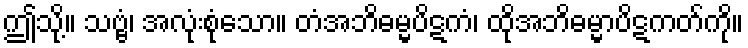
ဤသို့။ သဗ္ဗံ၊ အလုံးစုံသော။ တံအဘိဓမ္မပိဋကံ၊ ထိုအဘိဓမ္မာပိဋကတ်ကို။